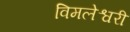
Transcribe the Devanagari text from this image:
विमलेश्वरी